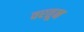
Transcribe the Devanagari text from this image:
वरतून